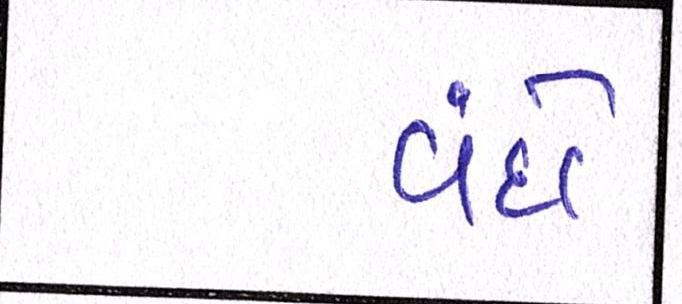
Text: વંદો